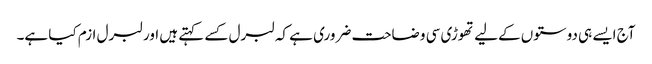
آج ایسے ہی دوستوں کےلیے تھوڑی سی وضاحت ضروری ہے کہ لبرل کسے کہتے ہیں اور لبرل ازم کیا ہے۔